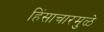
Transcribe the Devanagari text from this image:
हिंसाचारमुळे